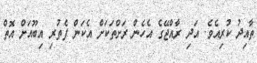
ތާއިދު ކުރިއެވެ. އަދި ރާއްޖޭގެ އެހެން ރަށްތަކަށް އެކަން ފެތުރި އިބޫއަށް އޮތް